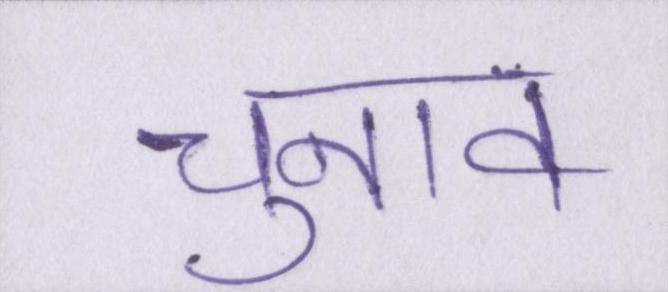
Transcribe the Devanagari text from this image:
चुनाव